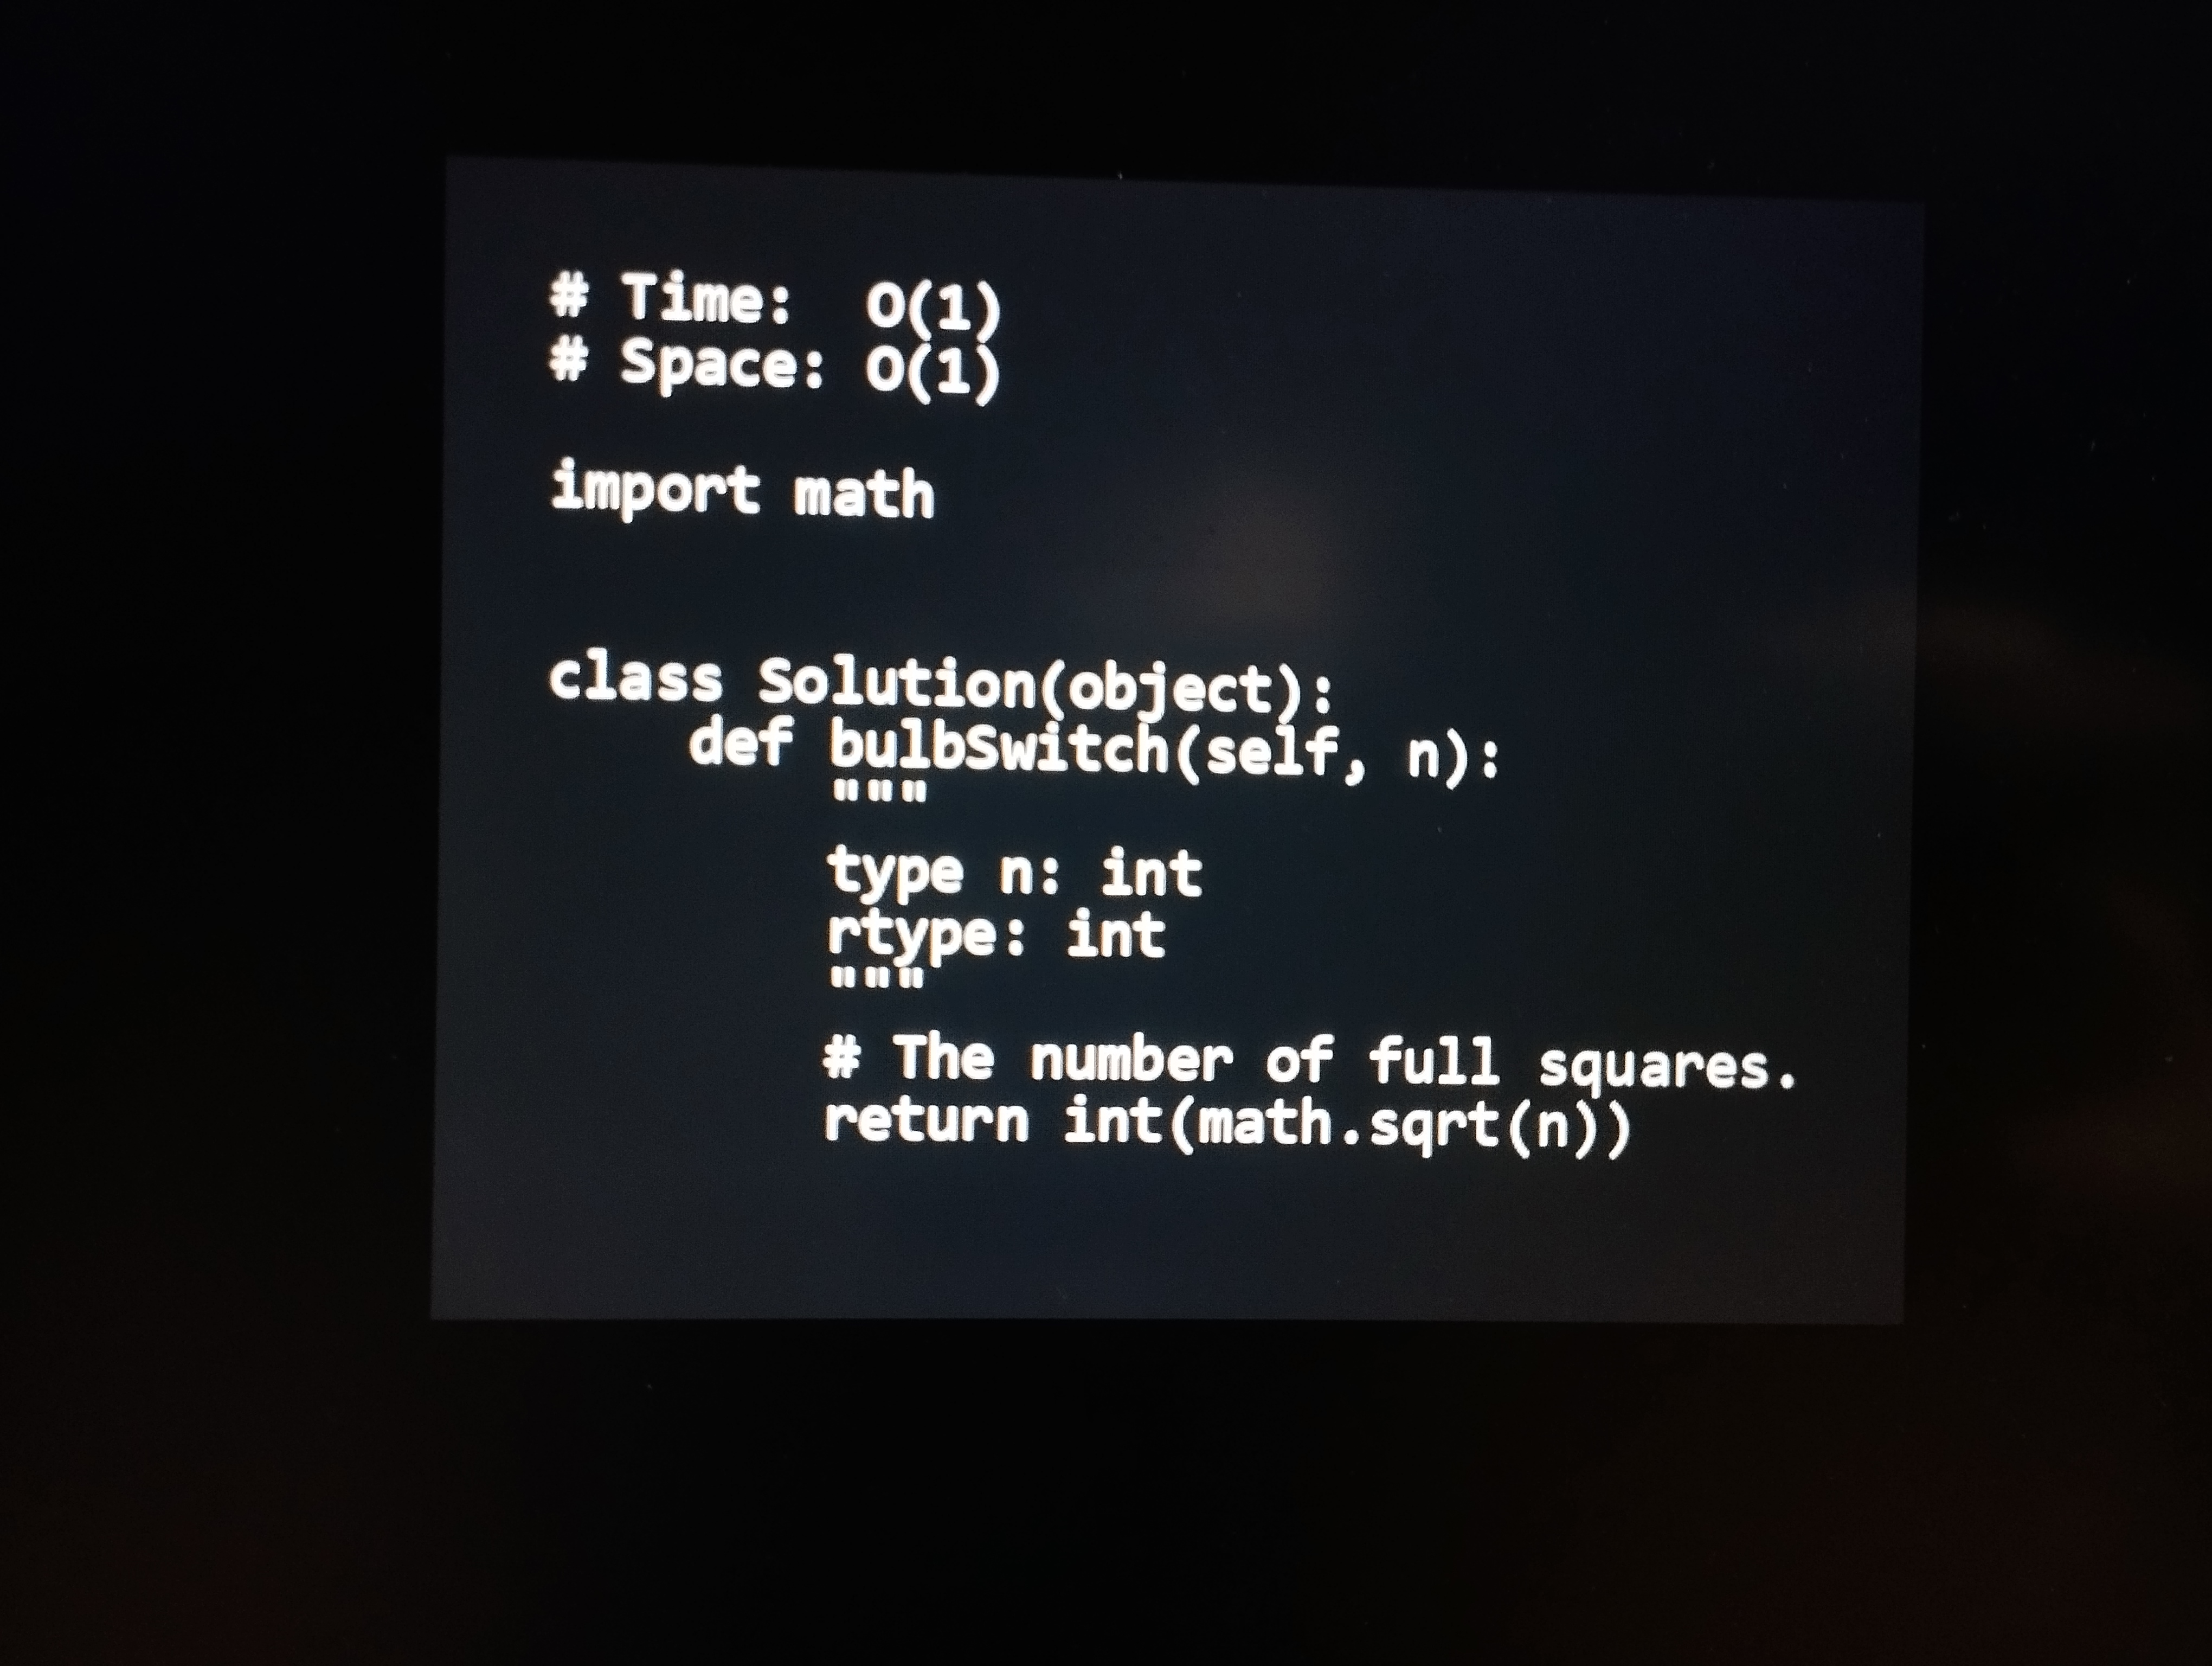
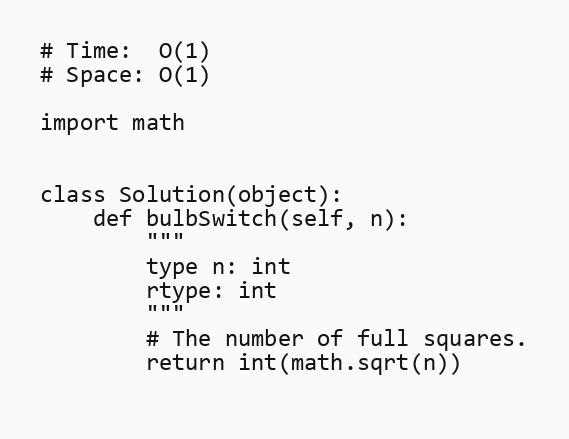
# Time:  O(1)
# Space: O(1)

import math

class Solution(object):
    def bulbSwitch(self, n):
        """
        type n: int
        rtype: int
        """
        # The number of full squares.
        return int(math.sqrt(n))